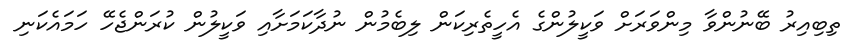
ތިބިއިރު ބޭނުންވާ މިންވަރަށް ވަކީލުންގެ އެހީތެރިކަން ލިބެމުން ނުދާކަމަށާއި ވަކީލުން ކުރަންޖެހޭ ހަމައެކަނި